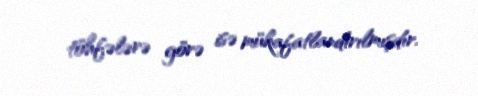
töhfələrə görə isə mükafatlandırılmışdır.